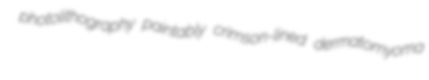
photolithography paintably crimson-lined dermatomyoma